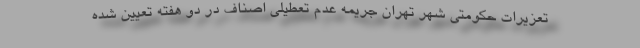
تعزیرات حکومتی شهر تهران جریمه عدم تعطیلی اصناف در دو هفته تعیین شده